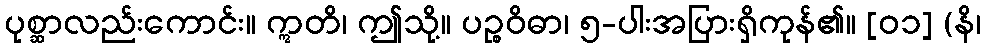
ပုစ္ဆာလည်းကောင်း။ ဣတိ၊ ဤသို့။ ပဉ္စဝိဓာ၊ ၅-ပါးအပြားရှိကုန်၏။ [၀၁] (နိ၊